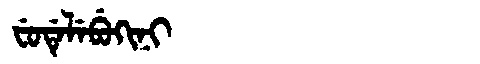
Manchu: ᠸᡠᡩᡝᠯᡝᠪᡠᡴᡳᠨᡳ
Romanization: FUDELEBUKINI